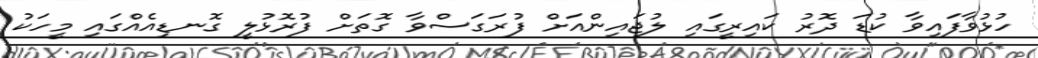
ހުޅުވާފައިވާ ކުޑަ ދޮރު ކައިރީގައި ލުޖައިންއަށް ފުރަގަސްވާ ގޮތަށް ފުރޮޅުލީ ގޮނޑިއެއްގައި މީހަކު